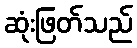
ဆုံးဖြတ်သည်